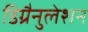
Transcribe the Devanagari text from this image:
डिग्रैनुलेशन